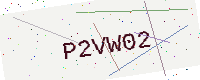
Text: P2VW02